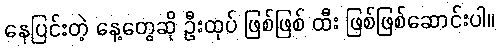
နေပြင်းတဲ့ နေ့တွေဆို ဦးထုပ် ဖြစ်ဖြစ် ထီး ဖြစ်ဖြစ်ဆောင်းပါ။